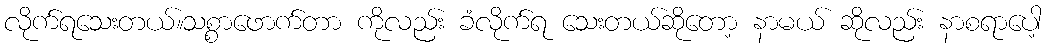
လိုက်ရသေးတယ်။သစ္စာဖောက်တာ ကိုလည်း ခံလိုက်ရ သေးတယ်ဆိုတော့ နာမယ် ဆိုလည်း နာစရာပေါ့